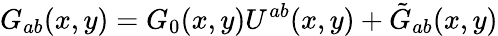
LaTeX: G_{ab}(x,y)=G_{0}(x,y)U^{ab}(x,y)+\tilde{G}_{ab}(x,y)